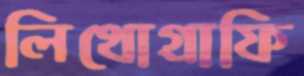
লিথোগ্রাফি